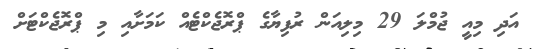
އަދި މިއީ ޖުމްލަ 29 މިލިއަން ރުފިޔާގެ ޕްރޮޖެކްޓެއް ކަމަށާއި މި ޕްރޮޖެކްޓަށް